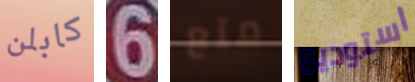
كابلن 6 متع استوديو